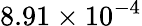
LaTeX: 8.91\times 10^{-4}